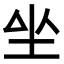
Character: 𡉡